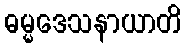
ဓမ္မဒေသနာယာတိ